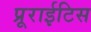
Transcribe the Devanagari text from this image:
प्रूराईटिस